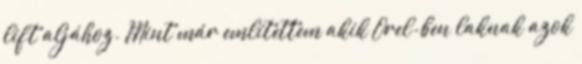
lift aljához. Mint már említettem akik Orel-ben laknak azok